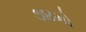
૭૪મો